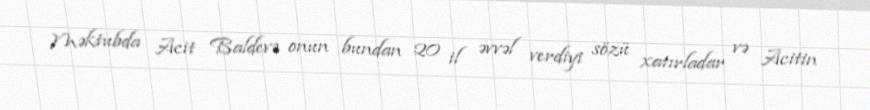
Məktubda Acit Baldevə onun bundan 20 il əvvəl verdiyi sözü xatırladar və Acitin